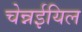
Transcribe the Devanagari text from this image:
चेन्नईयिल